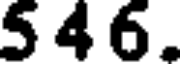
5 4 6.